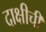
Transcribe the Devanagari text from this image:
दाक्षीची